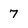
Character: 7